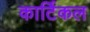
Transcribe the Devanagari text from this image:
कार्टिकल